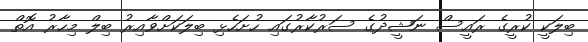
ބިލަކީ ކުރީގެ ރައީސް ނަޝީދުގެ ސަރުކާރުގައި ހުށަހެޅި ބިލަކަށްވާއިރު ބިލް މިހާރު އޮތް